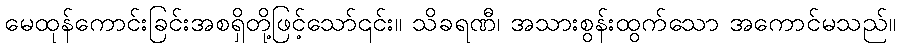
မေထုန်ကောင်းခြင်းအစရှိတို့ဖြင့်သော်၎င်း။ သိခရဏီ၊ အသားစွန်းထွက်သော အကောင်မသည်။